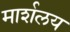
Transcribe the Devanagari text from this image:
मार्शलय